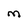
Character: m